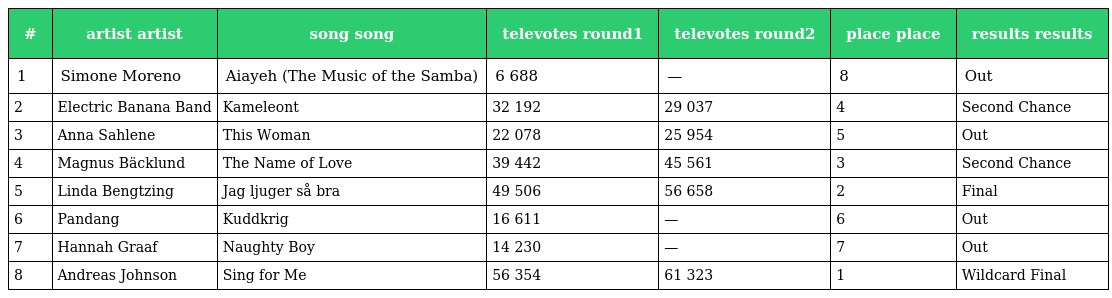
| # | artist artist | song song | televotes round1 | televotes round2 | place place | results results |
 | --- | --- | --- | --- | --- | --- | --- |
 | 1 | Simone Moreno | Aiayeh (The Music of the Samba) | 6 688 | — | 8 | Out |
 | 2 | Electric Banana Band | Kameleont | 32 192 | 29 037 | 4 | Second Chance |
 | 3 | Anna Sahlene | This Woman | 22 078 | 25 954 | 5 | Out |
 | 4 | Magnus Bäcklund | The Name of Love | 39 442 | 45 561 | 3 | Second Chance |
 | 5 | Linda Bengtzing | Jag ljuger så bra | 49 506 | 56 658 | 2 | Final |
 | 6 | Pandang | Kuddkrig | 16 611 | — | 6 | Out |
 | 7 | Hannah Graaf | Naughty Boy | 14 230 | — | 7 | Out |
 | 8 | Andreas Johnson | Sing for Me | 56 354 | 61 323 | 1 | Wildcard Final |